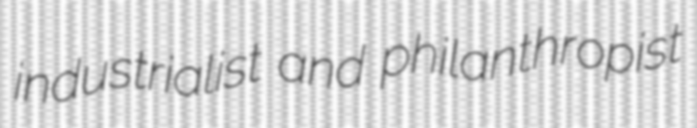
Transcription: industrialist and philanthropist